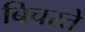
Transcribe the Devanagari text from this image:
बिचरते